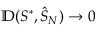
\mathbb { D } ( S ^ { * } , { \hat { S } } _ { N } ) \rightarrow 0